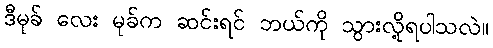
ဒီမုခ် လေး မုခ်က ဆင်းရင် ဘယ်ကို သွားလို့ရပါသလဲ။